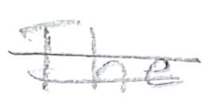
Text: The
Cross-out: double-line
Writing tool: pencil